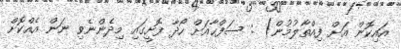
އައިކޮން އަށް ފިއްތާލުމުން) : ސަފްޙާއަށް ހޯދާ ފޮށީގައި މިދެންނެވި ނަން އެއްކޮށް